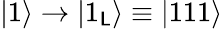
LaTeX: \vert1\rangle\rightarrow\vert1_{\mathsf{L}}\rangle\equiv\vert111\rangle